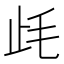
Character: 𣥡